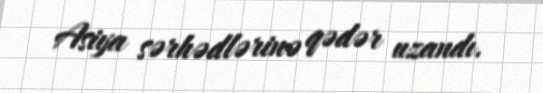
Asiya sərhədlərinə qədər uzandı.